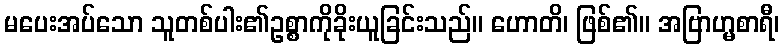
မပေးအပ်သော သူတစ်ပါး၏ဥစ္စာကိုခိုးယူခြင်းသည်။ ဟောတိ၊ ဖြစ်၏။ အဗြာဟ္မစာရီ၊